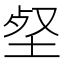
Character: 𡋹